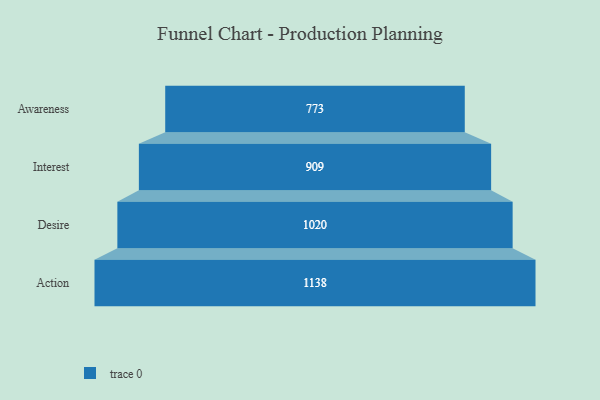
{"axis": {"x": "Stage", "y": "Value"}, "legend": [""], "data": [{"x": "Awareness", "y": 773.0, "type": ""}, {"x": "Interest", "y": 909.0, "type": ""}, {"x": "Desire", "y": 1020.0, "type": ""}, {"x": "Action", "y": 1138.0, "type": ""}]}